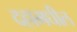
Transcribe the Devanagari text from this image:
दहामधील